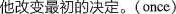
他改变最初的决定。(once)